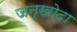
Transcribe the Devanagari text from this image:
जन्खोदा